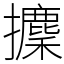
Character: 攈